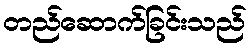
တည်ဆောက်ခြင်းသည်